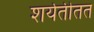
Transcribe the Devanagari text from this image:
शर्यतीतत